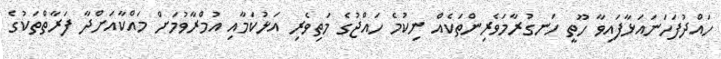
ހައްދުފަހަނައަޅާފައިވާ ހޫތީ ހަނގުރާމަވެރިންތަކެއް ނިކުމެ ހައްޖުގެ މަތިވެރި އަޅުކަމާއި އުމްރާވުމަށް މައްކާއަށްދާ ފަރާތްތަކުގެ